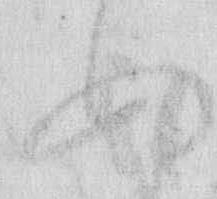
ぬ